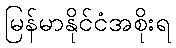
မြန်မာနိုင်ငံအစိုးရ